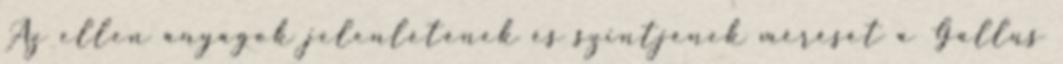
Az ellen anyagok jelenlétének és szintjének mérését a Gallus